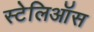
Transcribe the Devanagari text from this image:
स्टेलिऑस